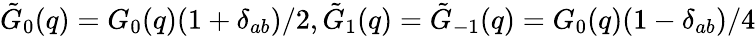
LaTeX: \tilde{G}_{0}(q)=G_{0}(q)(1+\delta_{ab})/2,\tilde{G}_{1}(q)=\tilde{G}_{-1}(q)=G_{0}(q)(1-\delta_{ab})/4